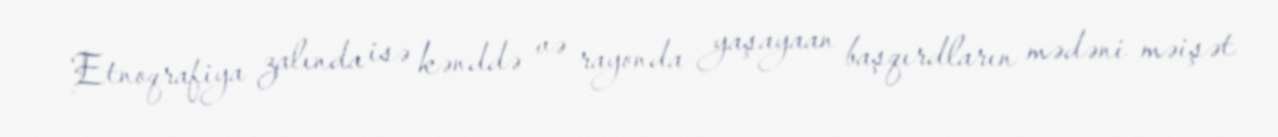
Etnoqrafiya zalında isə kənddə və rayonda yaşayaan başqırdların mədəni məişət